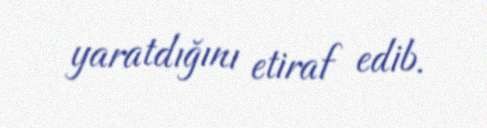
yaratdığını etiraf edib.